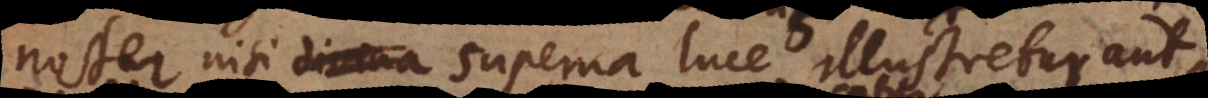
noster nisi divina luce illustretur, aut